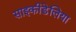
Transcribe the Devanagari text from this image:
साइकीडेलिया